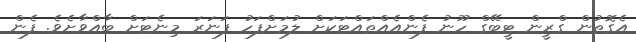
އެގޮތުން ގްރީން ޓީބޭގް ހޫނު ފެންއެއްތައްޓަކަށް ލުމަށްފަހު ފަނަރަ މިނެޓަށް ބާއްވާށެވެ. ފެން